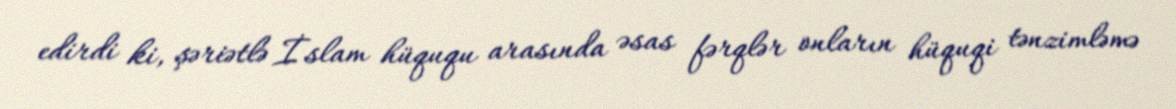
edirdi ki, şəriətlə İslam hüququ arasında əsas fərqlər onların hüquqi tənzimləmə